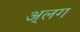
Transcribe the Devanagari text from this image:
अ्लग